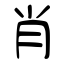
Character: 肖